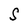
Character: S